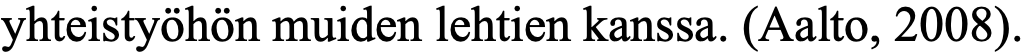
yhteistyöhön muiden lehtien kanssa. (Aalto, 2008).